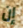
إن